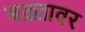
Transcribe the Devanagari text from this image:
बख़्तावर